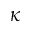
{ \kappa }